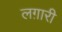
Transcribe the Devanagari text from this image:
लग़ारी